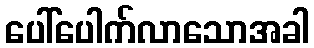
ပေါ်ပေါက်လာသောအခါ